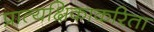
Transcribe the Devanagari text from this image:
प्रात्यक्षिकाकरिता